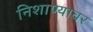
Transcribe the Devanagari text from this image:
निशाण्यावर